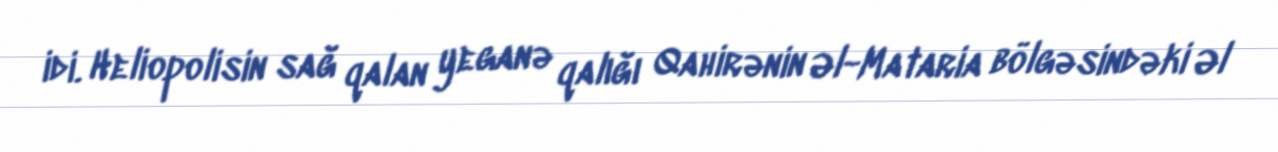
idi. Heliopolisin sağ qalan yeganə qalığı Qahirənin Əl-Mataria bölgəsindəki Əl